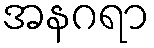
အနဂရာ